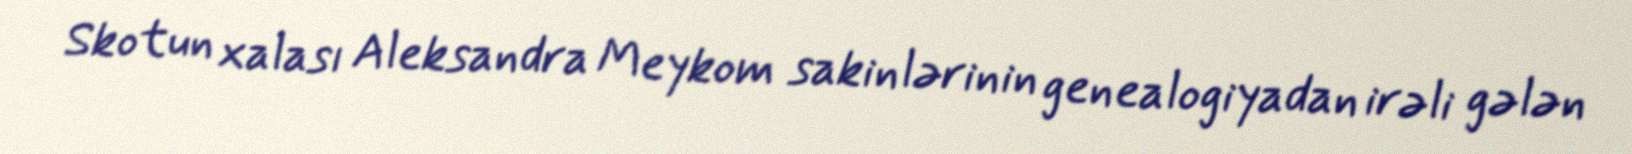
Skotun xalası Aleksandra Meykom sakinlərinin genealogiyadan irəli gələn